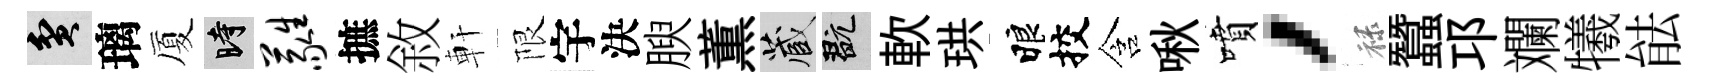
貧璃厦时蕤摭敘軒限宇決腴薫藏玩軟珙睱挍含啾噴，禄蠶邛斕犧䏻